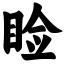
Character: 睑